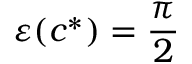
\varepsilon ( c ^ { * } ) = \frac { \pi } { 2 }